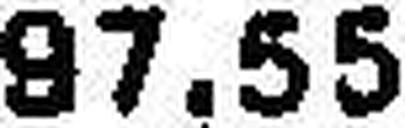
97.55